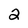
Character: 2